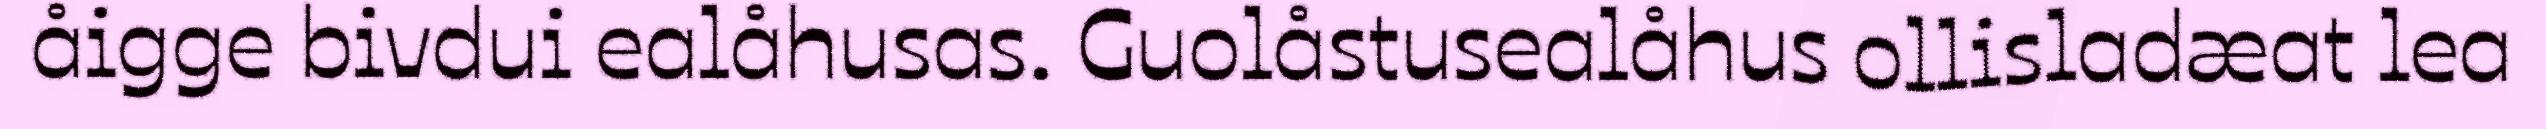
åigge bivdui ealåhusas. Guolåstusealåhus ollisladæat lea